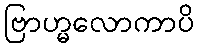
ဗြာဟ္မလောကာပိ